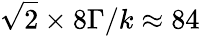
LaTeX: \sqrt{2}\times 8\Gamma/k\approx 84